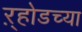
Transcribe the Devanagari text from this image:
ऱ्होडच्या